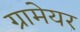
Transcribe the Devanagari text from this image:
ग्रामेयर